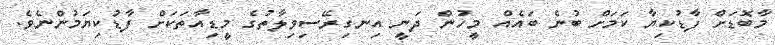
މާބޮޑަށް ފާޑުކިޔާ ކަމަށް ބުނެ ބައެއް މީހުން ދަނީ އިނގިރޭސިވިލާތުގެ މީޑިއާތަކަށް ފާޑުކިޔަމުންނެވެ.